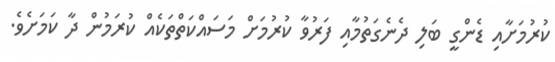
ކުރުމަށާއި ޑެންގީ ބަލި ދެނެގަތުމާއި ފަރުވާ ކުރުމަށް މަސައްކަތްތަކެއް ކުރަމުން ދާ ކަމަށެވެ.